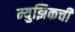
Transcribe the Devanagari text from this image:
म्युझिकची